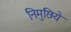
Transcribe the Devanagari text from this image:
निमुछिये